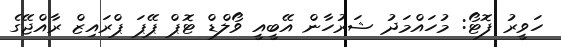
ހަވީރު ފޮޓޯ: މުހައްމަދު ޝަރުހާން އޭބީއީ ވޯލްޑް ޓޮޕް ޕޭޕަ ޕްރައިޒް ރާއްޖޭގެ